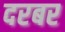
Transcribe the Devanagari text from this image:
दरबर